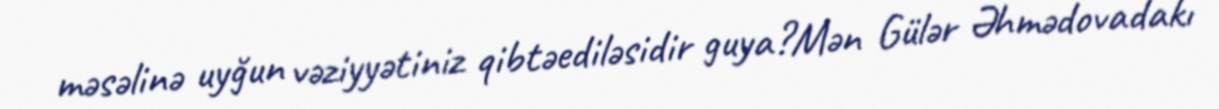
məsəlinə uyğun vəziyyətiniz qibtəediləsidir guya?Mən Gülər Əhmədovadakı